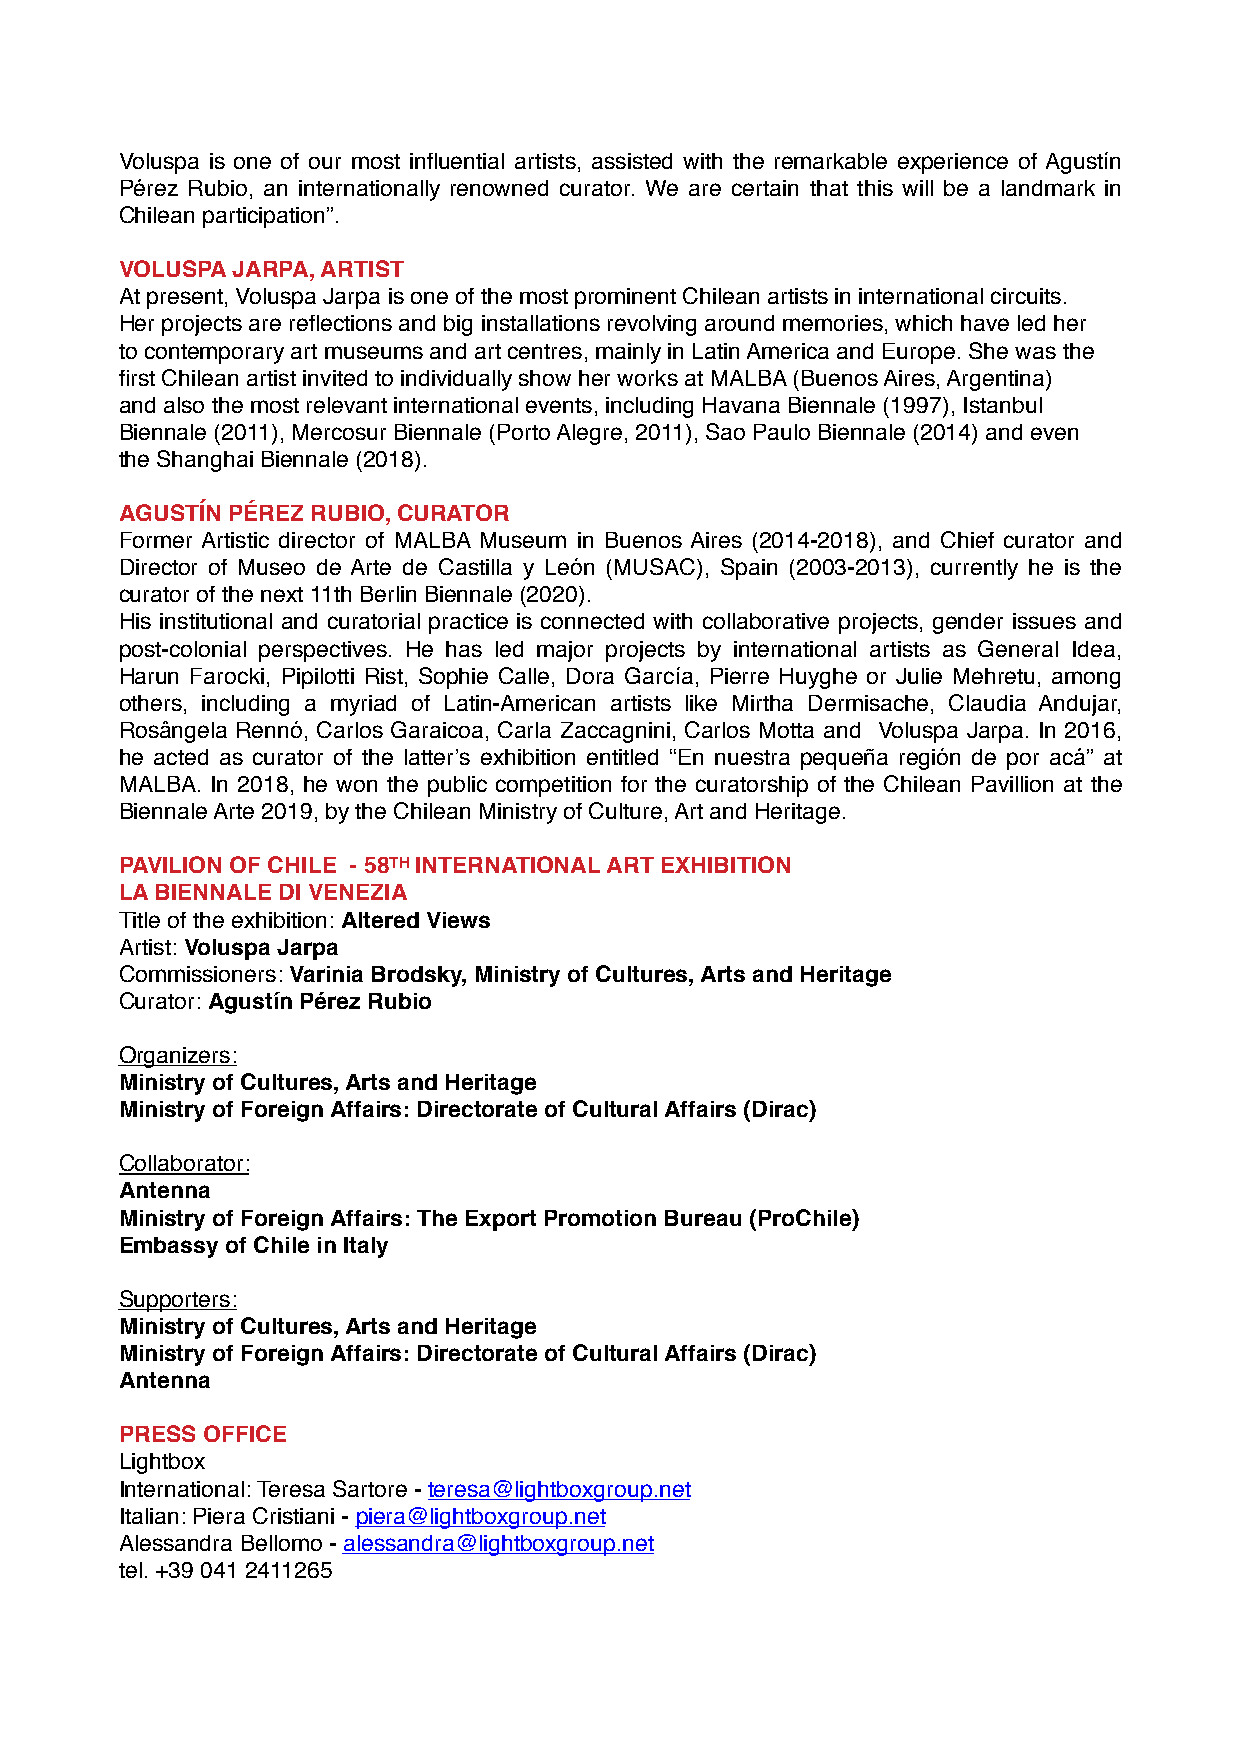
Voluspa is one of our most influential artists, assisted with the remarkable experience of Agustín
 Pérez Rubio, an internationally renowned curator. We are certain that this will be a landmark in
 Chilean participation”.
 VOLUSPA JARPA, ARTIST
 At present, Voluspa Jarpa is one of the most prominent Chilean artists in international circuits.
 Her projects are reflections and big installations revolving around memories, which have led her
 to contemporary art museums and art centres, mainly in Latin America and Europe. She was the
 first Chilean artist invited to individually show her works at MALBA (Buenos Aires, Argentina)
 and also the most relevant international events, including Havana Biennale (1997), Istanbul
 Biennale (2011), Mercosur Biennale (Porto Alegre, 2011), Sao Paulo Biennale (2014) and even
 the Shanghai Biennale (2018).
 AGUSTÍN PÉREZ RUBIO, CURATOR
 Former Artistic director of MALBA Museum in Buenos Aires (2014-2018), and Chief curator and
 Director of Museo de Arte de Castilla y León (MUSAC), Spain (2003-2013), currently he is the
 curator of the next 11th Berlin Biennale (2020).
 His institutional and curatorial practice is connected with collaborative projects, gender issues and
 post-colonial perspectives. He has led major projects by international artists as General Idea,
 Harun Farocki, Pipilotti Rist, Sophie Calle, Dora García, Pierre Huyghe or Julie Mehretu, among
 others, including a myriad of Latin-American artists like Mirtha Dermisache, Claudia Andujar,
 Rosângela Rennó, Carlos Garaicoa, Carla Zaccagnini, Carlos Motta and Voluspa Jarpa. In 2016,
 he acted as curator of the latter’s exhibition entitled “En nuestra pequeña región de por acá” at
 MALBA. In 2018, he won the public competition for the curatorship of the Chilean Pavillion at the
 Biennale Arte 2019, by the Chilean Ministry of Culture, Art and Heritage.
 PAVILION OF CHILE - 58TH INTERNATIONAL ART EXHIBITION
 LA BIENNALE DI VENEZIA
 Title of the exhibition: Altered Views
 Artist: Voluspa Jarpa
 Commissioners: Varinia Brodsky, Ministry of Cultures, Arts and Heritage
 Curator: Agustín Pérez Rubio
 Organizers:
 Ministry of Cultures, Arts and Heritage
 Ministry of Foreign Affairs: Directorate of Cultural Affairs (Dirac)
 Collaborator:
 Antenna
 Ministry of Foreign Affairs: The Export Promotion Bureau (ProChile)
 Embassy of Chile in Italy
 Supporters:
 Ministry of Cultures, Arts and Heritage
 Ministry of Foreign Affairs: Directorate of Cultural Affairs (Dirac)
 Antenna
 PRESS OFFICE
 Lightbox
 International: Teresa Sartore - teresa@lightboxgroup.net
 Italian: Piera Cristiani - piera@lightboxgroup.net
 Alessandra Bellomo - alessandra@lightboxgroup.net
 tel. +39 041 2411265